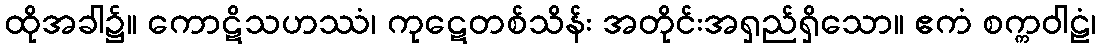
ထိုအခါ၌။ ကောဋိသဟဿံ၊ ကုဋေတစ်သိန်း အတိုင်းအရှည်ရှိသော။ ဧကံ စက္ကဝါဠံ၊